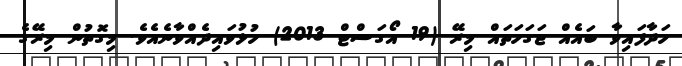
ހަދާފައިވާ ބައެއް ޖަގަހަތައް މިރޭ (19 އޯގަސްޓް 2013) ހުޅުވައިދެއްވާނެއެވެ. މިގޮތުން މިރޭގެ